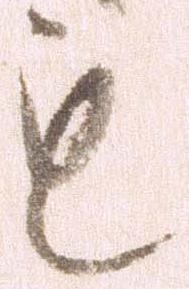
も